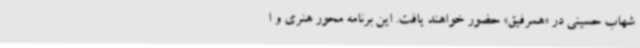
شهاب حسینی در «همرفیق» حضور خواهند یافت. این برنامه محور هنری و ا